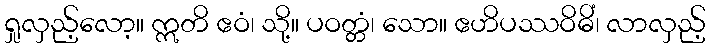
ရှုလှည့်လော့။ ဣတိ ဧဝံ၊ သို့။ ပဝတ္တံ၊ သော။ ဧဟိပဿဝိဓိံ၊ လာလှည့်